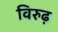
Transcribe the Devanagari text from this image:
विरुढ़